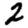
Digit: 2